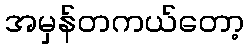
အမှန်တကယ်တော့